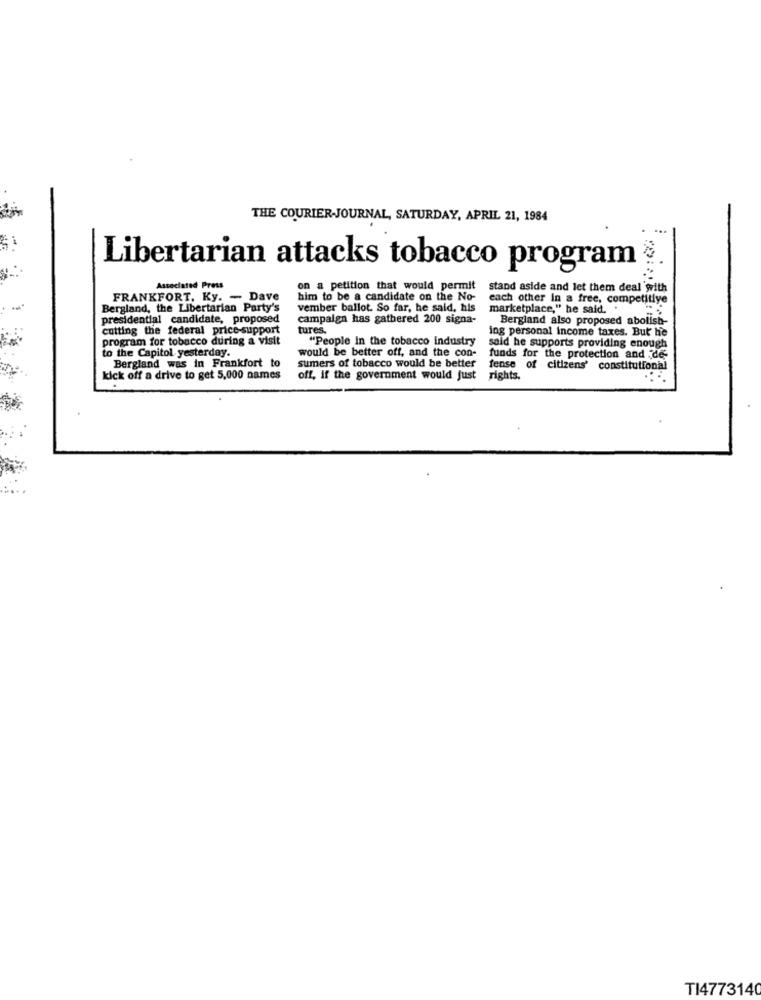
THE COURIER-JOURNAL, SATURDAY, APRIL 21, 1984
Si
Libertarian attacks tobacco program
Associated Press
on a petition that would permit
stand aside and let them deal with
FRANKFORT, Ky. - Dave
him to be a candidate on the No-
each other in a free, competitive
Bergland, the Libertarian Party's
vember ballot. So far, he said, his
marketplace," he said. .
presidential candidate, proposed
campaign has gathered 200 signa-
Bergland also proposed abolish-
cutting the federal price-support
tures.
ing personal income taxes. But he
program for tobacco during a visit
"People in the tobacco industry
to the Capitol yesterday.
would be better off, and the con-
said he supports providing enough
Bergland was in Frankfort to
sumers of tobacco would be better
funds for the protection and de-
fense of citizens' constitutional
kick off a drive to get 5,000 names
off, if the government would just
rights.
TI4773140